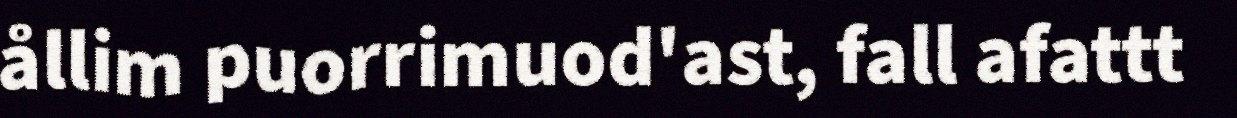
ållim puorrimuod'ast, fall afattt